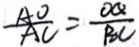
\frac { A O } { A C } = \frac { O Q } { B C }